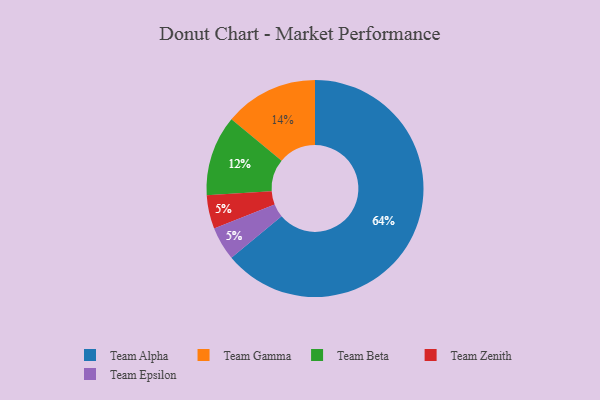
{"axis": {"x": "Category", "y": "Percentage"}, "legend": ["Team Alpha", "Team Beta", "Team Epsilon", "Team Gamma", "Team Zenith"], "data": [{"x": "Team Beta", "y": 12, "type": "Team Beta"}, {"x": "Team Zenith", "y": 5, "type": "Team Zenith"}, {"x": "Team Alpha", "y": 64, "type": "Team Alpha"}, {"x": "Team Gamma", "y": 14, "type": "Team Gamma"}, {"x": "Team Epsilon", "y": 5, "type": "Team Epsilon"}]}